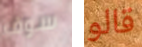
سوف قالو